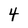
Character: 4